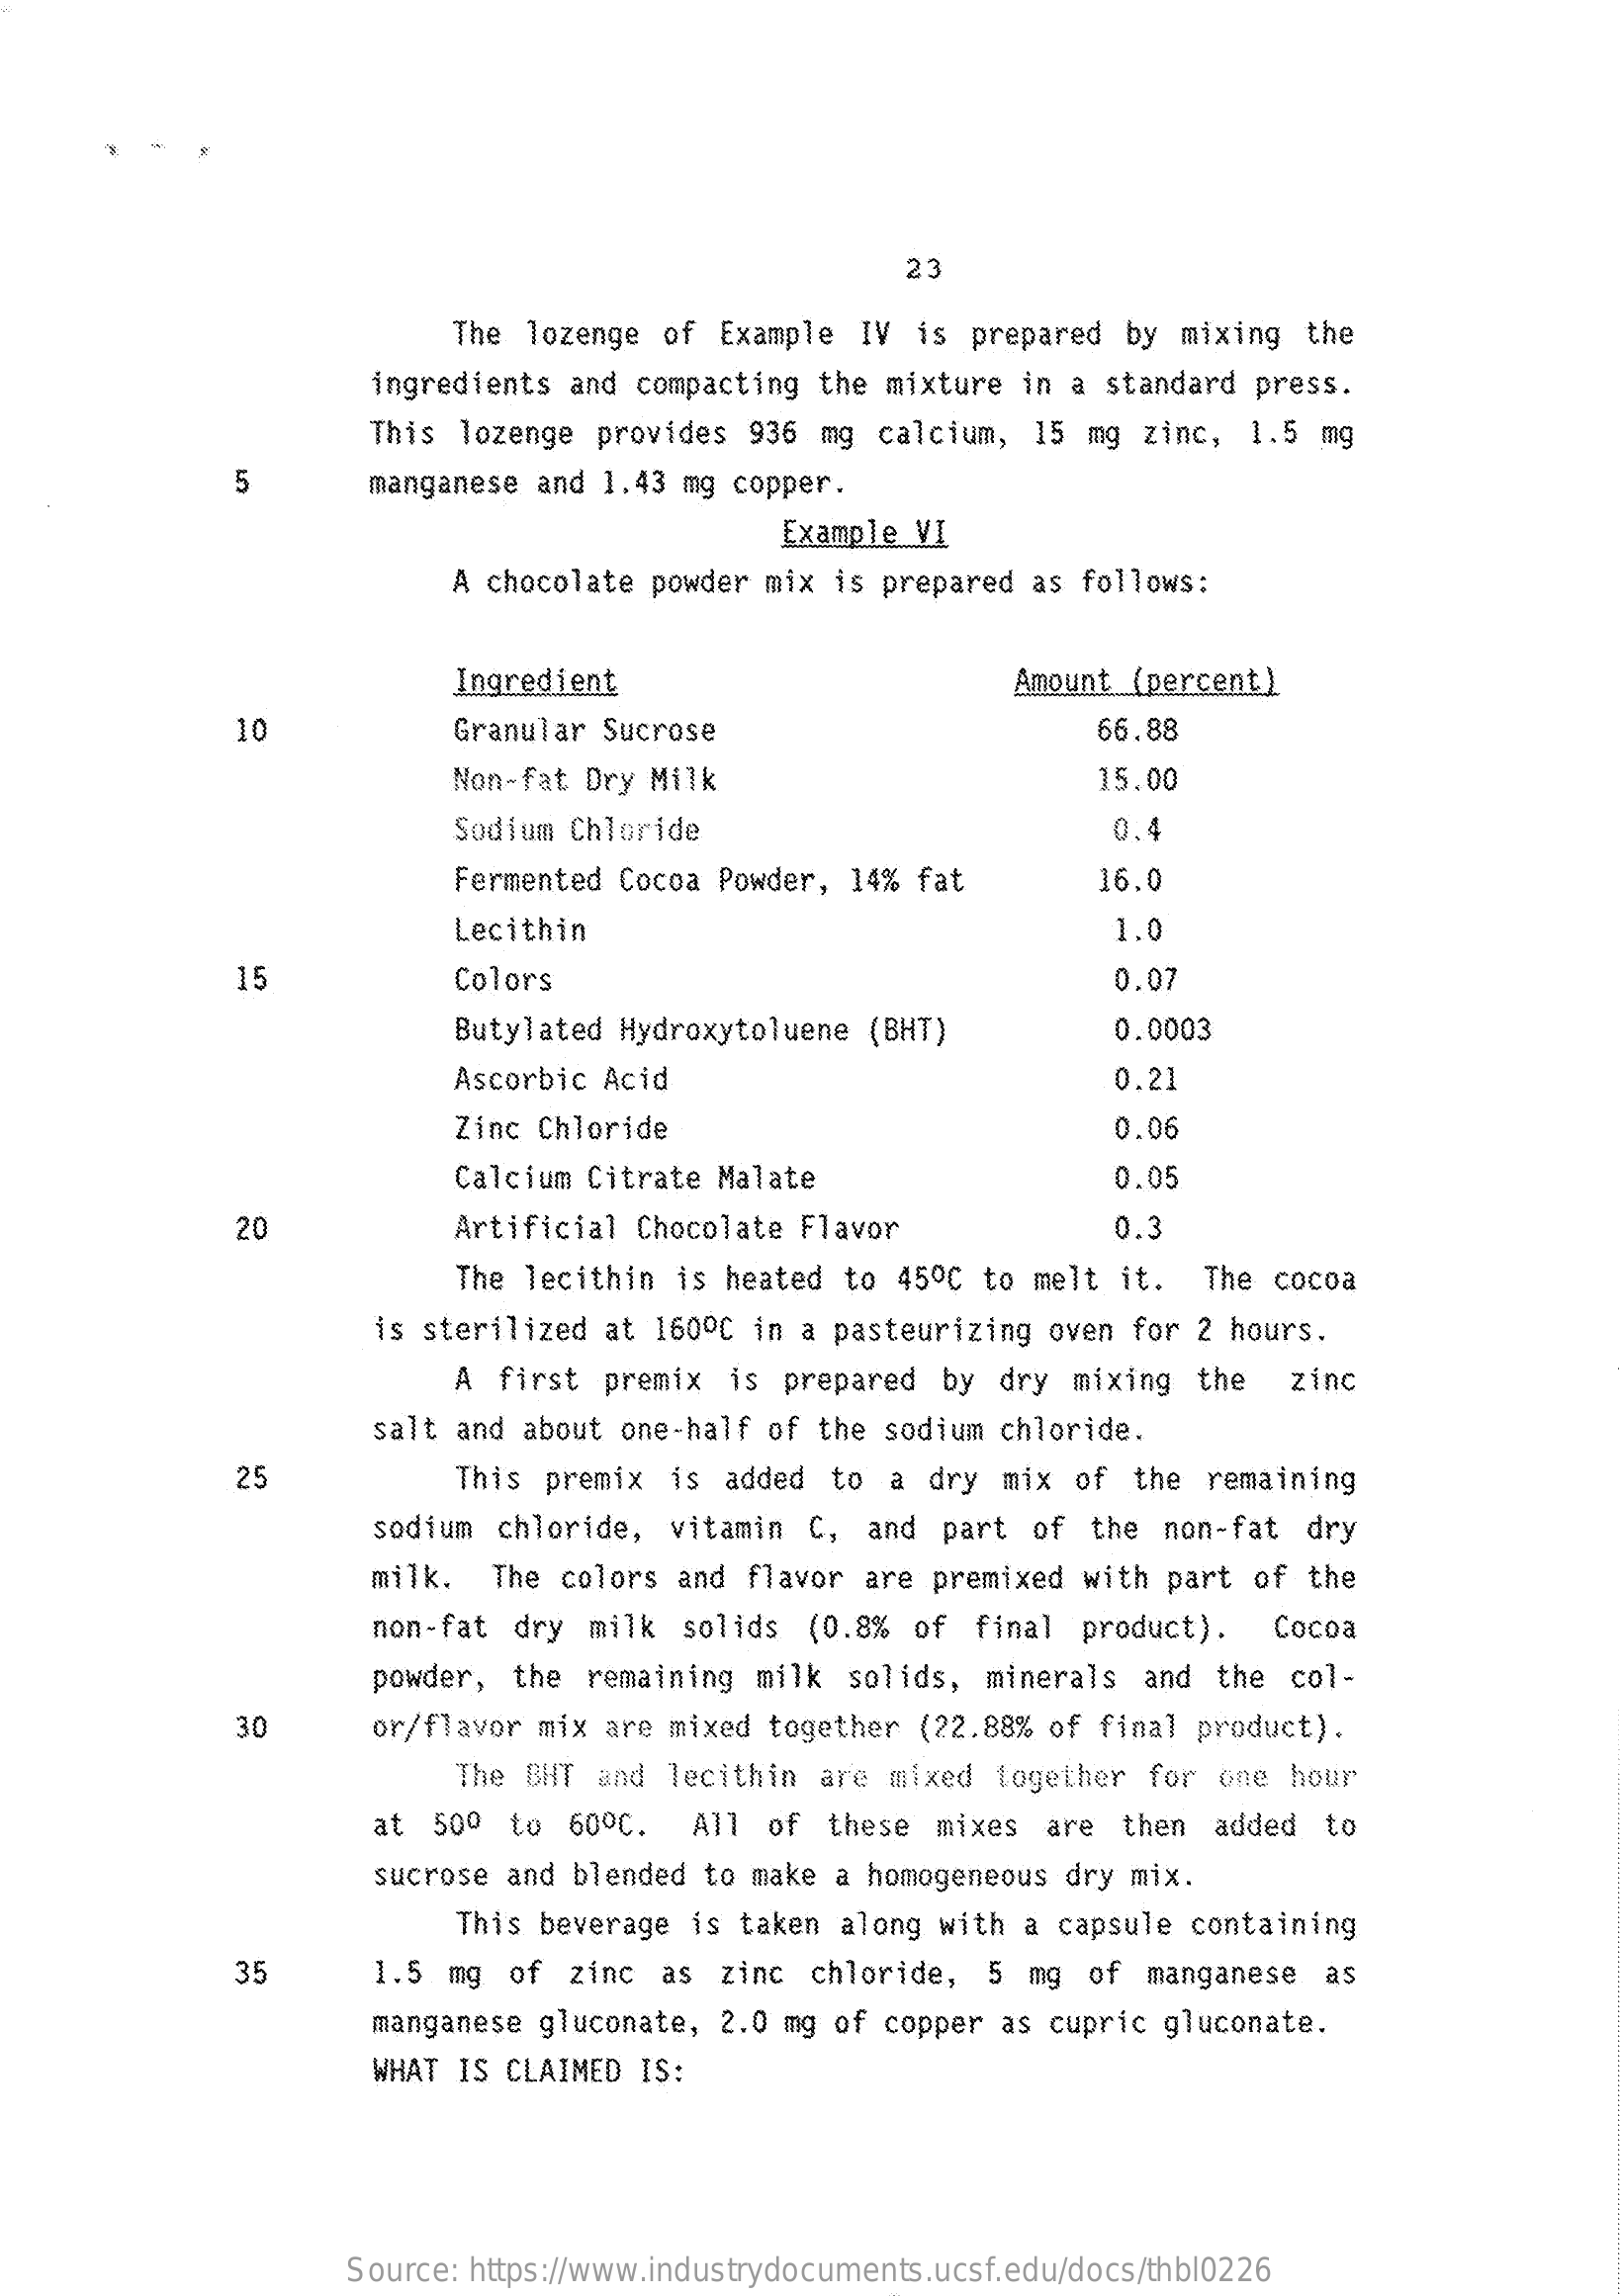
23
     The  lozenge of  Example  IV  is prepared  by mixing  the
     ingredients and  compacting the mixture  in a standard  press.
     This lozenge  provides  936 mg  calcium,  15 mg  zinc,  1.5 mg
     5    manganese and 1.43  mg copper.
     Example VI
     A chocolate powder  mix is prepared  as follows:
     Ingredient    Amount (percent)
     10    Granular Sucrose    66.88
     Non-fat Dry Milk    15.00
     Sodium Chloride    0.4
     Fermented Cocoa  Powder, 14%  fat    16.0
     Lecithin    1.0
     15    Colors    0.07
     Butylated Hydroxytoluene  (BHT)    0.0003
     Ascorbic Acid    0.21
     Zinc Chloride    0.06
     Calcium Citrate  Malate    0.05
     20    Artificial Chocolate  Flavor    0.3
     The lecithin is heated  to 45ºC  to melt it.   The cocoa
     is sterilized  at 160ºC in a pasteurizing  oven for 2 hours.
     A  first  premix  is prepared  by  dry mixing  the   zinc
     salt and about  one-half of the sodium  chloride.
     25    This  premix  is added  to  a dry  mix  of the  remaining
     sodium  chloride,  vitamin C,  and  part  of  the non-fat  dry
     milk.  The  colors and  flavor are  premixed with part  of the
     non-fat  dry milk   solids (0.8%  of  final  product).   Cocoa
     powder,  the remaining  milk  solids,  minerals  and  the col-
     30    or/flavor mix  are mixed together  (22.88% of final product).
     The BHT and  lecithin are  mixed  together for  one hour
     at  500  to 60ºC.   All  of  these  mixes  are  then added   to
     sucrose and  blended to make a homogeneous  dry mix.
     This beverage is taken  along with a capsule  containing
     35    1.5  mg of  zinc  as  zinc  chloride,  5  mg of  manganese   as
     manganese gluconate,  2.0 mg of copper  as cupric gluconate.
     WHAT IS CLAIMED  IS:
     Source: https://www.industrydocuments.ucsf.edu/docs/thbl0226